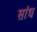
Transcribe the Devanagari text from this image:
सांध